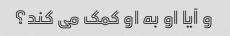
و آیا او به او کمک می کند؟